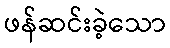
ဖန်ဆင်းခဲ့သော